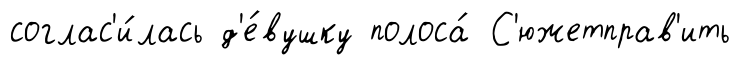
соглас'и́лась д'е́вушку полоса́ С'южетправ'ить